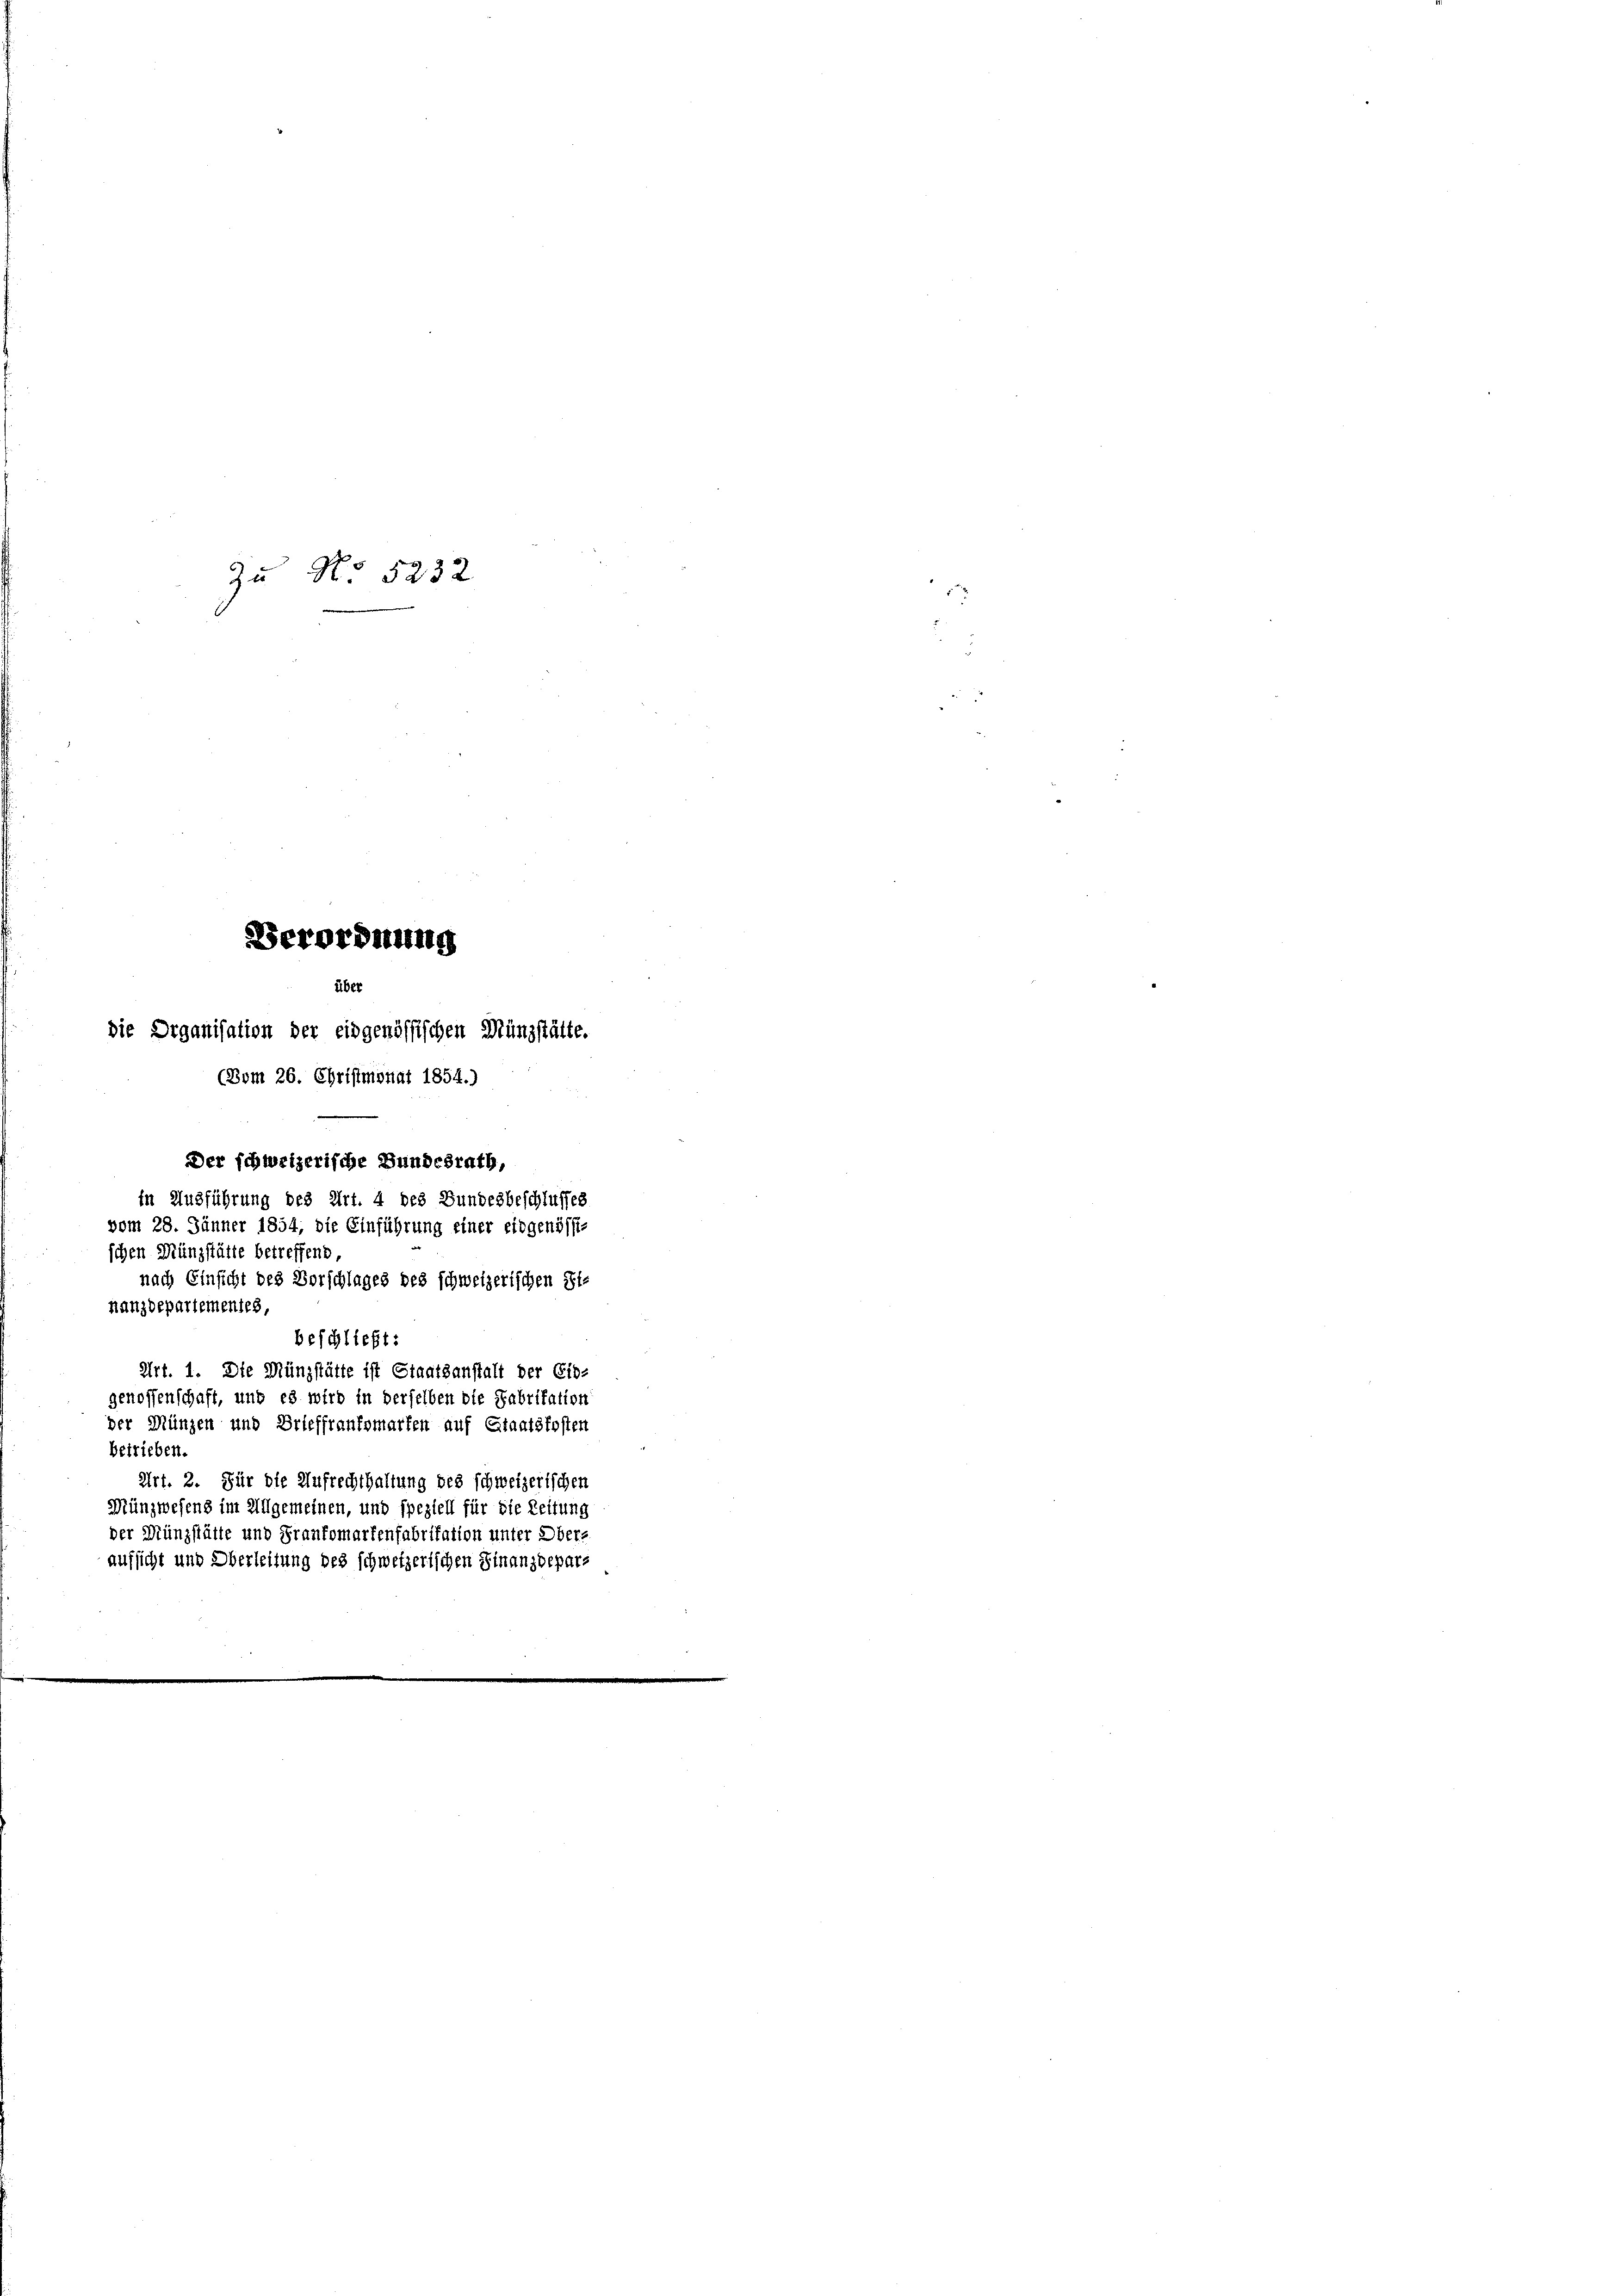
Zu No 5232
Verordnung
über
die Organisation der eidgenössischen Müngstätte.
(Bom 26. Christmonat 1854.)
Der schweizerische Bundesrath,
in Ausführung des Art. 4 des Bundesbeschlusses
vom 28. Jänner 1854, die Einführung einer eidgenössi-
schen Münzstätte betreffend
nach Einsicht des Vorschlages des schweizerischen Sinanzdepartementes
beschließt:
Art. 1. Die Münzstätte ist Staatsanstalt der Eib-
genossenschaft, und es wird in derselben die Fabritation
der Münzen und Brieffrantsmarten auf Staatskosten
betrieben.
Art. 2. Für die Aufrechthaltung des schweizerischen
Münzwesens im Allgemeinen, und speziell für die Zeitung
der Münzstätte und Frankomartenfabritation unter Obers
aufsicht und Oberleitung des schweizerischen Finanzdepar-